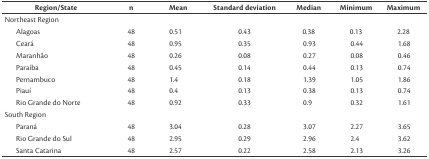
<table><thead><tr><td><b>Region/State</b></td><td><b>n</b></td><td><b>Mean</b></td><td><b>Standard deviation</b></td><td><b>Median</b></td><td><b>Minimum</b></td><td><b>Maximum</b></td></tr></thead><tbody><tr><td>Northeast Region</td><td>[EMPTY_CELL]</td><td>[EMPTY_CELL]</td><td>[EMPTY_CELL]</td><td>[EMPTY_CELL]</td><td>[EMPTY_CELL]</td><td>[EMPTY_CELL]</td></tr><tr><td>Alagoas</td><td>48</td><td>0.51</td><td>0.43</td><td>0.38</td><td>0.13</td><td>2.28</td></tr><tr><td>Ceará</td><td>48</td><td>0.95</td><td>0.35</td><td>0.93</td><td>0.44</td><td>1.68</td></tr><tr><td>Maranhão</td><td>48</td><td>0.26</td><td>0.08</td><td>0.27</td><td>0.08</td><td>0.46</td></tr><tr><td>Paraíba</td><td>48</td><td>0.45</td><td>0.14</td><td>0.44</td><td>0.13</td><td>0.74</td></tr><tr><td>Pernambuco</td><td>48</td><td>1.4</td><td>0.18</td><td>1.39</td><td>1.05</td><td>1.86</td></tr><tr><td>Piauí</td><td>48</td><td>0.4</td><td>0.13</td><td>0.38</td><td>0.13</td><td>0.74</td></tr><tr><td>Rio Grande do Norte</td><td>48</td><td>0.92</td><td>0.33</td><td>0.9</td><td>0.32</td><td>1.61</td></tr><tr><td>South Region</td><td>[EMPTY_CELL]</td><td>[EMPTY_CELL]</td><td>[EMPTY_CELL]</td><td>[EMPTY_CELL]</td><td>[EMPTY_CELL]</td><td>[EMPTY_CELL]</td></tr><tr><td>Paraná</td><td>48</td><td>3.04</td><td>0.28</td><td>3.07</td><td>2.27</td><td>3.65</td></tr><tr><td>Rio Grande do Sul</td><td>48</td><td>2.95</td><td>0.29</td><td>2.96</td><td>2.4</td><td>3.62</td></tr><tr><td>Santa Catarina</td><td>48</td><td>2.57</td><td>0.22</td><td>2.58</td><td>2.13</td><td>3.26</td></tr></tbody></table>